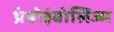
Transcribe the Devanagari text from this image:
थ्रंबोइंबोलिज्म